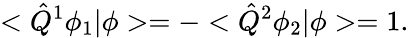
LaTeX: <\hat{Q}^{1}\phi_{1}|\phi>=-<\hat{Q}^{2}\phi_{2}|\phi>=1.